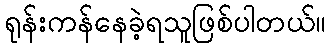
ရုန်းကန်နေခဲ့ရသူဖြစ်ပါတယ်။